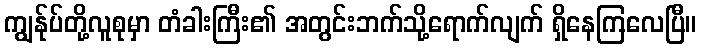
ကျွန်ုပ်တို့လူစုမှာ တံခါးကြီး၏ အတွင်းဘက်သို့ရောက်လျက် ရှိနေကြလေပြီ။